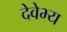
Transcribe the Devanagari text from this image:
देवेभ्य